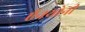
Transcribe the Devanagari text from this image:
ऍनथोनी